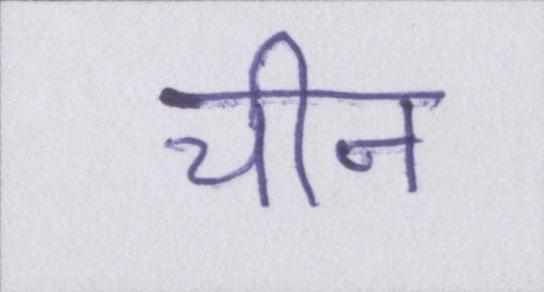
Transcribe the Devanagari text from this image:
चीन